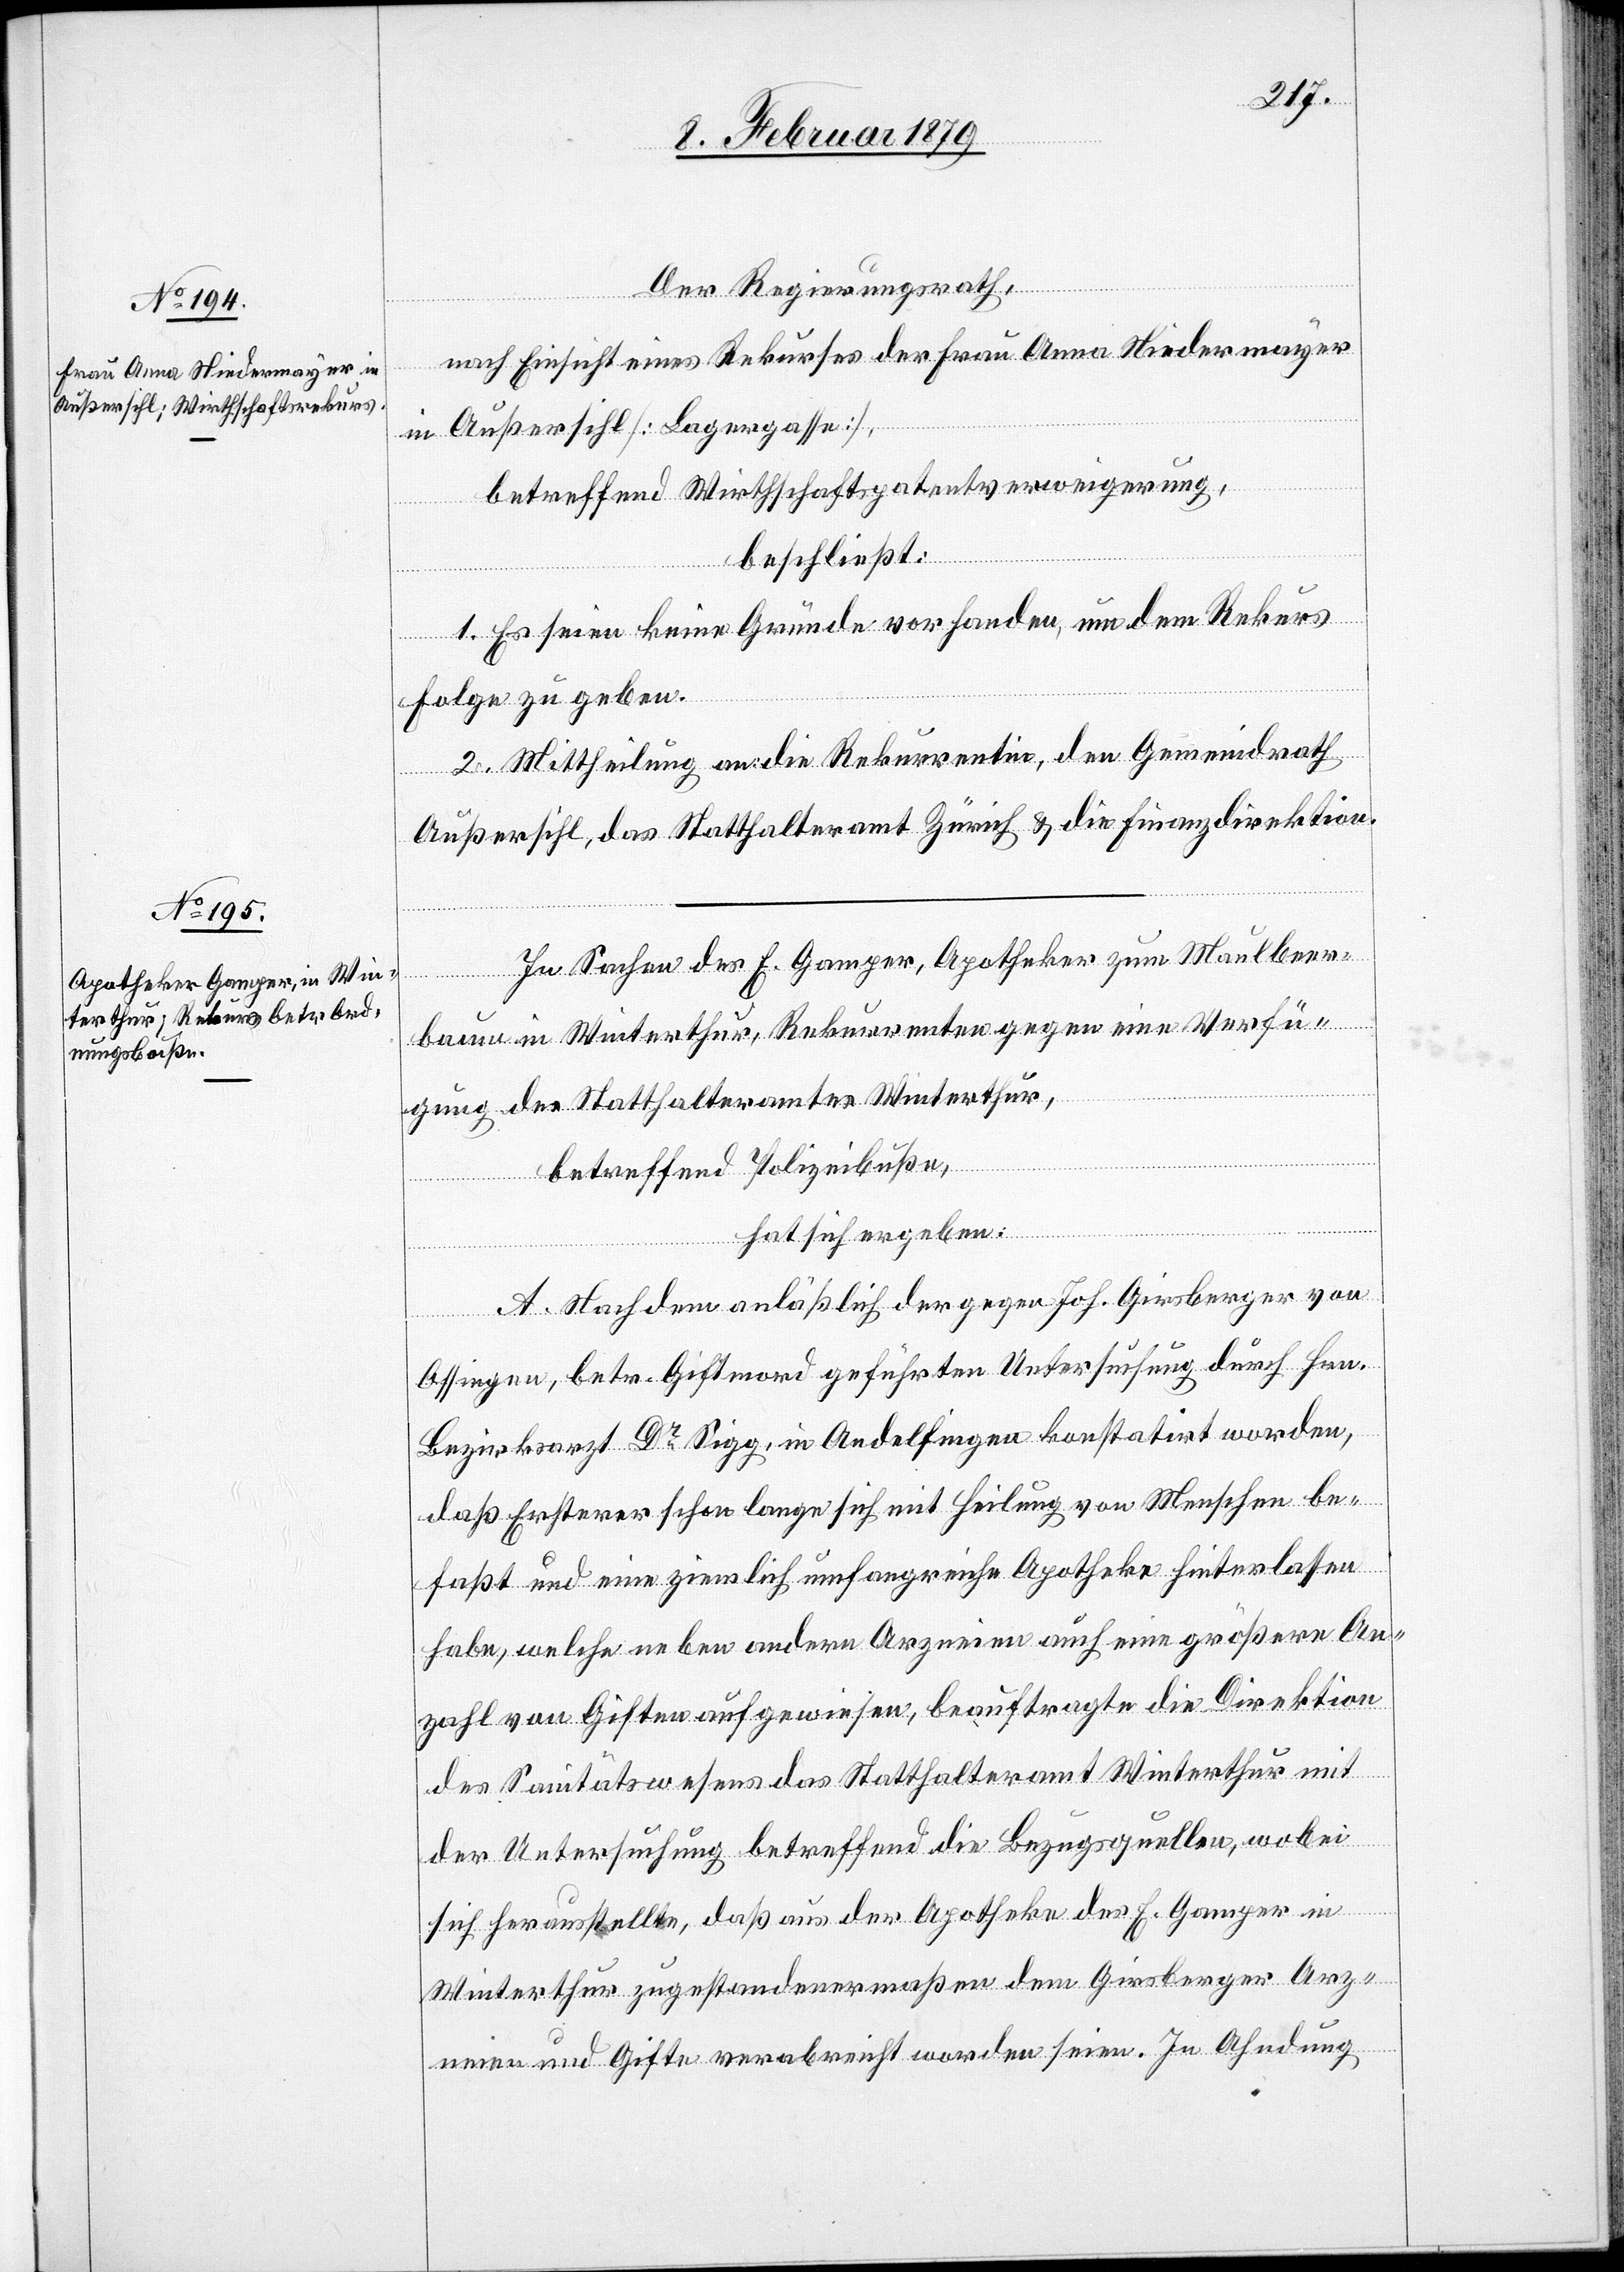
Der Regierungsrath,
nach Einsicht eines Rekurses der Frau Anna Niedermayer
in Außersihl [Lagergasse],
betreffend Wirthschaftspatentverweigerung,
beschließt:
1. Es seien keine Gründe vorhanden, um dem Rekurs
Folge zu geben.
2. Mittheilung an die Rekurrentin, den Gemeindrath
Außersihl, das Statthalteramt Zürich & die Finanzdirektion.
In Sachen des E. Gamper, Apotheker zum Maulbeer¬
baum im Winterthur, Rekurrenten gegen eine Verfü¬
gung des Statthalteramtes Winterthur,
betreffend Polizeibuße,
hat sich ergeben:
A. Nachdem anläßlich der gegen Joh. Girsberger von
Ossingen, betr. Giftmord geführten Untersuchung durch Hrn.
Bezirksarzt Dr Sigg, in Andelfingen konstatirt worden,
daß Ersterer schon lange sich mit Heilung von Menschen be¬
faßt und eine ziemlich umfangreiche Apotheke hinterlassen
habe, welche neben andern Arzneien auch eine größere An¬
zahl von Giften aufgewiesen, beauftragte die Direktion
des Sanitätswesens das Statthalteramt Winterthur mit
der Untersuchung betreffend die Bezugsquellen, wobei
sich herausstellte, daß aus der Apotheke des E. Gamper in
Winterthur zugestandenermaßen dem Girsberger Arz¬
neien und Gifte verabreicht worden seien. In Ahndung